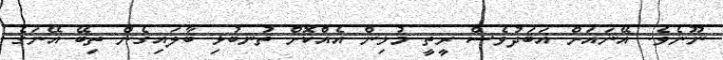
ނޫނެވެ. އޭނައަށް އަބަދުވެސް ރީތީ މުޅިން އެއްކޮށް ތުނބުޅި ބާލައިގެން ތިބޭ އޭނަގެ